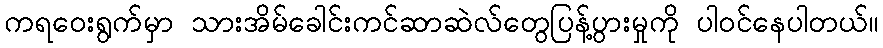
ကရဝေးရွက်မှာ သားအိမ်ခေါင်းကင်ဆာဆဲလ်တွေပြန့်ပွားမှုကို ပါဝင်နေပါတယ်။